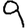
Digit: 9